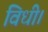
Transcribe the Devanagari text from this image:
विधी।